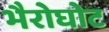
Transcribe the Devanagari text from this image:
भैरोघोट